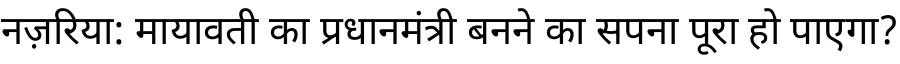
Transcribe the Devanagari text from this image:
नज़रिया: मायावती का प्रधानमंत्री बनने का सपना पूरा हो पाएगा?